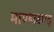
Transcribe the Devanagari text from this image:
माण्डलगढ़